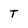
Character: T